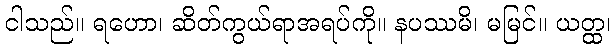
ငါသည်။ ရဟော၊ ဆိတ်ကွယ်ရာအရပ်ကို။ နပဿမိ၊ မမြင်။ ယတ္ထ၊